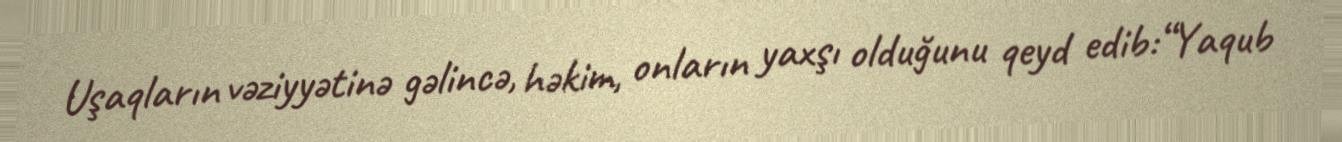
Uşaqların vəziyyətinə gəlincə, həkim, onların yaxşı olduğunu qeyd edib:“Yaqub